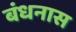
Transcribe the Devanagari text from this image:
बंधनास